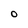
Character: O